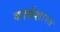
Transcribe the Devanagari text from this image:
कार्यशास्त्र